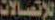
للإتصالات